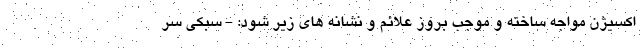
اکسیژن مواجه ساخته و موجب بروز علائم و نشانه های زیر شود: - سبکی سر